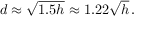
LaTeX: d \approx { \sqrt { 1 . 5 h } } \approx 1 . 2 2 { \sqrt { h } } \, .